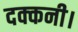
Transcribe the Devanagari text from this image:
दक्कनी।